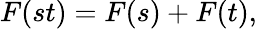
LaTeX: F(st)=F(s)+F(t),